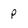
Character: p